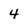
Character: 4